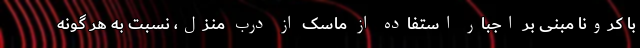
با کرونا مبنی بر اجبار استفاده از ماسک از درب منزل، نسبت به هر گونه